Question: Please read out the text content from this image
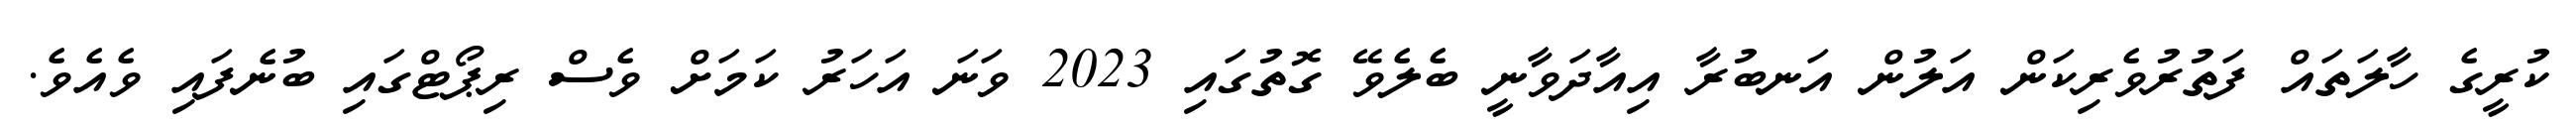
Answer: ކުރީގެ ހާލަތައް ފަތުރުވެރިކަން އަލުން އަނބުރާ އިއާދަވާނީ ބެލެވޭ ގޮތުގައި 2023 ވަނަ އަހަރު ކަމަށް ވެސް ރިޕޯޓްގައި ބުނެފައި ވެއެވެ.